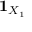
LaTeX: { \mathbf { 1 } } _ { X _ { 1 } }